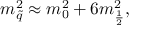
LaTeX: m _ { \tilde { q } } ^ { 2 } \approx m _ { 0 } ^ { 2 } + 6 m _ { \frac { 1 } { 2 } } ^ { 2 } ,